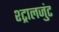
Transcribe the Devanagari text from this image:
श्ट्रालजुंट